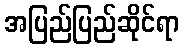
အပြည်ပြည်ဆိုင်ရာ